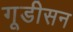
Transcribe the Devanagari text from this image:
गूडीसन